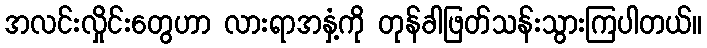
အလင်းလှိုင်းတွေဟာ လားရာအနှံ့ကို တုန်ခါဖြတ်သန်းသွားကြပါတယ်။